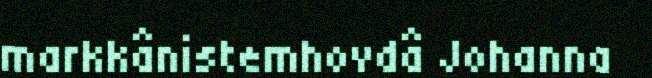
markkânistemhovdâ Johanna